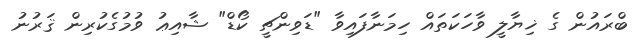
ބްރައުން ގެ ޚިޔާލީ ވާހަކަތައް ހިމަނާފައިވާ "ޑަވިންޗީ ކޯޑް" ޝާއިޢު ވުމުގެކުރިން ޤަރުނު